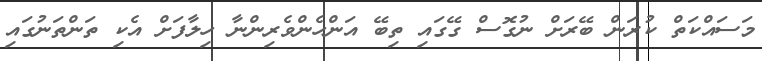
މަސައްކަތް ކުރަން ބޭރަށް ނުގޮސް ގޭގައި ތިބޭ އަންހެންވެރިންނާ ހިލާފަށް އެކި ތަންތަނުގައި